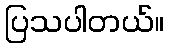
ပြသပါတယ်။